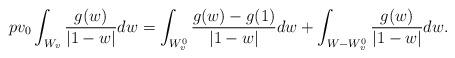
LaTeX: \begin{align*}pv_0\int_{W_v}\frac{g(w)}{|1-w|}dw=\int_{W_v^0}\frac{g(w)-g(1)}{|1-w|}dw+\int_{W-W_v^0}\frac{g(w)}{|1-w|}dw.\end{align*}